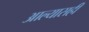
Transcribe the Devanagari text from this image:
आल्यासही